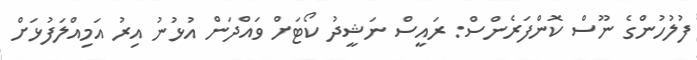
ފުލުހުންގެ ނޫސް ކޮންފަރެންސް: ރައީސް ނަޝީދު ކޯޓަށް ވައްދަން އުޅުނު އިރު އަމިއްލަފުޅަށް